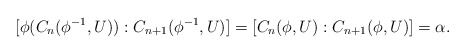
\begin{align*}[\phi(C_n(\phi^{-1},U)):C_{n+1}(\phi^{-1},U)]=[C_n(\phi,U):C_{n+1}(\phi,U)]=\alpha.\end{align*}